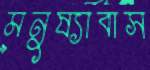
মনুষ্যাবাস